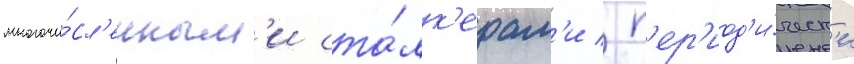
многочи́сл'енным'и ста́лк'ерам'и / п'ер'иод'и́ческ'и